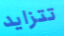
تتزايد